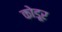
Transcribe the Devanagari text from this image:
कोडूर